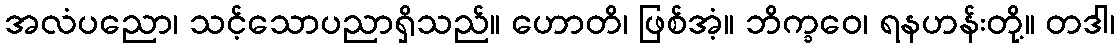
အလံပညော၊ သင့်သောပညာရှိသည်။ ဟောတိ၊ ဖြစ်အံ့။ ဘိက္ခဝေ၊ ရနဟန်းတို့။ တဒါ၊